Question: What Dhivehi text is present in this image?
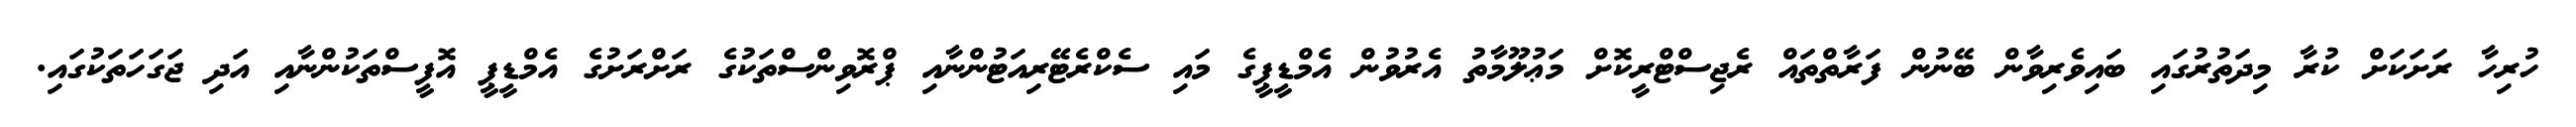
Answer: ހުރިހާ ރަށަކަށް ކުރާ މިދަތުރުގައި ބައިވެރިވާން ބޭނުން ފަރާތްތައް ރެޖިސްޓްރީކޮށް މަޢުލޫމާތު އެރުވުން އެމްޑީޕީގެ މައި ސެކްރެޓޭރިއަޓުންނާއި ޕްރޮވިންސްތަކުގެ ރަށްރަށުގެ އެމްޑީޕީ އޮފީސްތަކުންނާއި އަދި ޖަގަހަތަކުގައި.